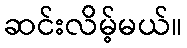
ဆင်းလိမ့်မယ်။